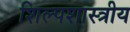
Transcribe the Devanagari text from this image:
शिल्पशास्त्रीय